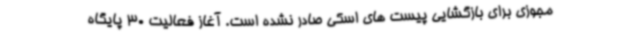
مجوزی برای بازگشایی پیست های اسکی صادر نشده است. آغاز فعالیت 30 پایگاه